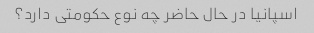
اسپانیا در حال حاضر چه نوع حکومتی دارد؟